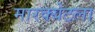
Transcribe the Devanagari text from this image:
मारक्येटला